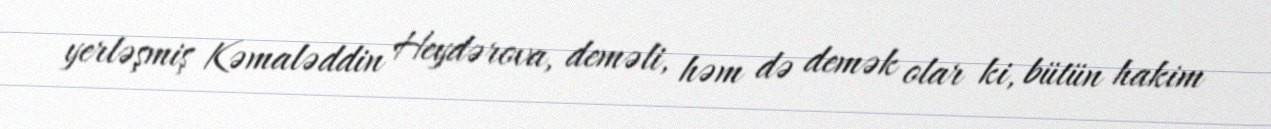
yerləşmiş Kəmaləddin Heydərova, deməli, həm də demək olar ki, bütün hakim